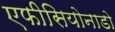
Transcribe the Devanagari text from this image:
एफीसियोनाडो